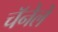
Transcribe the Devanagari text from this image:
चॅनेले